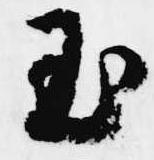
玉